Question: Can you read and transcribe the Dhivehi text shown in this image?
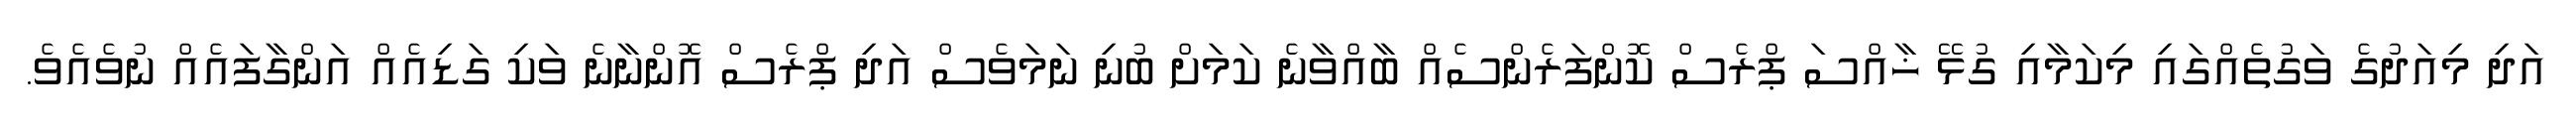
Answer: އަދި މިއަދުގެ ވަގުތެއްގައި މިކަމާއި ގުޅޭ ޚާއްސަ ޕްރެސް ކޮންފަރެންސެއް ބާއްވާނެ ކަމަށް ބުނި ނަމަވެސް އަދި ޕްރެސް އޮންނާނެ ވަކި ގަޑިއެއް އަންގާފައެއް ނުވެއެވެ.